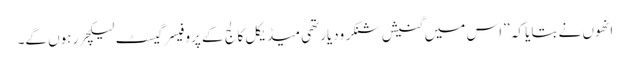
انھوں نے بتایا کہ ’’اس میں گنیش شنکر ودیارتھی میڈیکل کالج کے پروفیسر گیسٹ لیکچرر ہوں گے۔